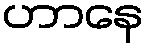
ဟာနေ